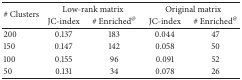
<table><thead><tr><td rowspan="2"><b># Clusters </b></td><td colspan="2"><b>Low-rank matrix </b></td><td colspan="2"><b>Original matrix</b></td></tr><tr><td><b> JC-index </b></td><td><b> # Enriched<sup>@</sup></b></td><td><b> JC-index </b></td><td><b> # Enriched<sup>@</sup></b></td></tr></thead><tbody><tr><td> 200 </td><td> 0.137 </td><td> 183 </td><td> 0.044 </td><td> 47 </td></tr><tr><td>150 </td><td> 0.147 </td><td> 142 </td><td> 0.058 </td><td> 50 </td></tr><tr><td>100 </td><td> 0.155 </td><td> 96 </td><td> 0.091 </td><td> 52 </td></tr><tr><td>50 </td><td> 0.131 </td><td> 34 </td><td> 0.078 </td><td> 26 </td></tr></tbody></table>